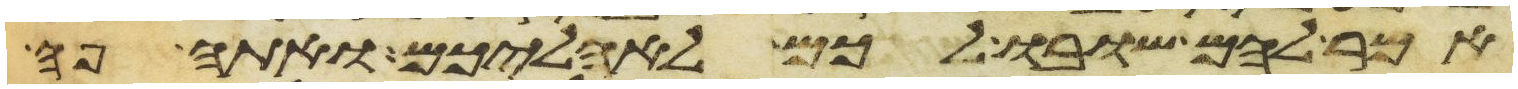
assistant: אמר להם שובו לכם לאהליכם ואתה פה